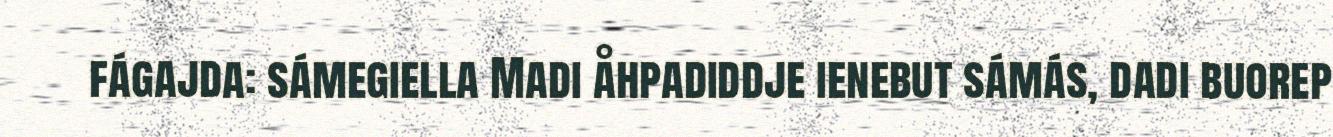
fágajda: sámegiella Madi åhpadiddje ienebut sámás, dadi buorep